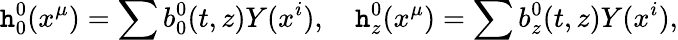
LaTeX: {\mathtt{h}_{0}^{0}}(x^{\mu})=\sum{b_{0}^{0}}(t,z)Y(x^{i}),\quad{\mathtt{h}_{z}^{0}}(x^{\mu})=\sum{b_{z}^{0}}(t,z)Y(x^{i}),